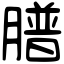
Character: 𦡮